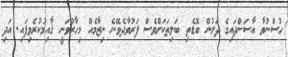
ހުސްނުވާ އާސަންދައިގެ ދަށުން ބޮޑެތި ބަލިތަކަށްވެސް ފަރުވާދެވޭނެ ނިޒާމެއް މިހާރުވަނީ ޤާއިމުކުރެވިފައި. އަދި